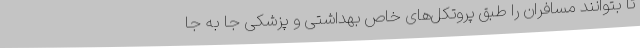
تا بتوانند مسافران را طبق پروتکل‌های خاص بهداشتی و پزشکی جا به جا